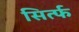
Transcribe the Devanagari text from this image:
सिर्त्फ